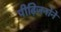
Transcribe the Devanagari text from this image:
पीढ़िजनोने